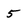
Character: 5